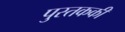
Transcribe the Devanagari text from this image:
पुस्तककी